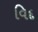
વિદ